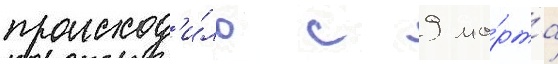
происход'и́ло с 9 ма́рта